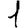
Digit: 1